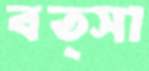
বত্সা